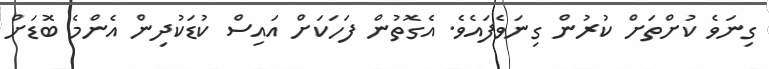
ގިނަވެ ކުށްތަށް ކުރުން ގިނަވެފައެވެ. އެގޮތުން ފަހަކަށް އައިސް ކުޑަކުދިން އެންމެ ބޮޑަށް